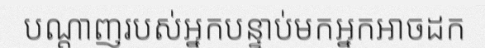
បណ្តាញរបស់អ្នកបន្ទាប់មកអ្នកអាចដក